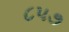
૮૫૭